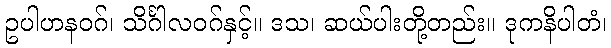
ဥပါဟနဝဂ်၊ သိင်္ဂါလဝဂ်နှင့်။ ဒသ၊ ဆယ်ပါးတို့တည်း။ ဒုကနိပါတံ၊